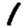
Digit: 1